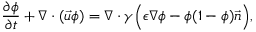
\frac { \partial \phi } { \partial t } + \nabla \cdot ( \vec { u } \phi ) = \nabla \cdot \gamma \Big ( \epsilon \nabla \phi - \phi ( 1 - \phi ) \vec { n } \Big ) ,